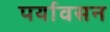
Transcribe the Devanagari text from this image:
पर्यावसन